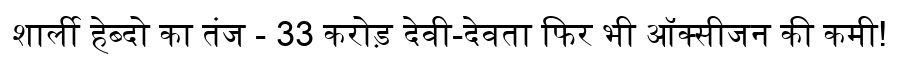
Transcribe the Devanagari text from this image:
शार्ली हेब्दो का तंज - 33 करोड़ देवी-देवता फिर भी ऑक्सीजन की कमी!